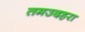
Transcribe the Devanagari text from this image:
तमउदहरा